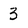
Character: 3